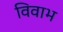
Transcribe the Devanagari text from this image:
विवाभ